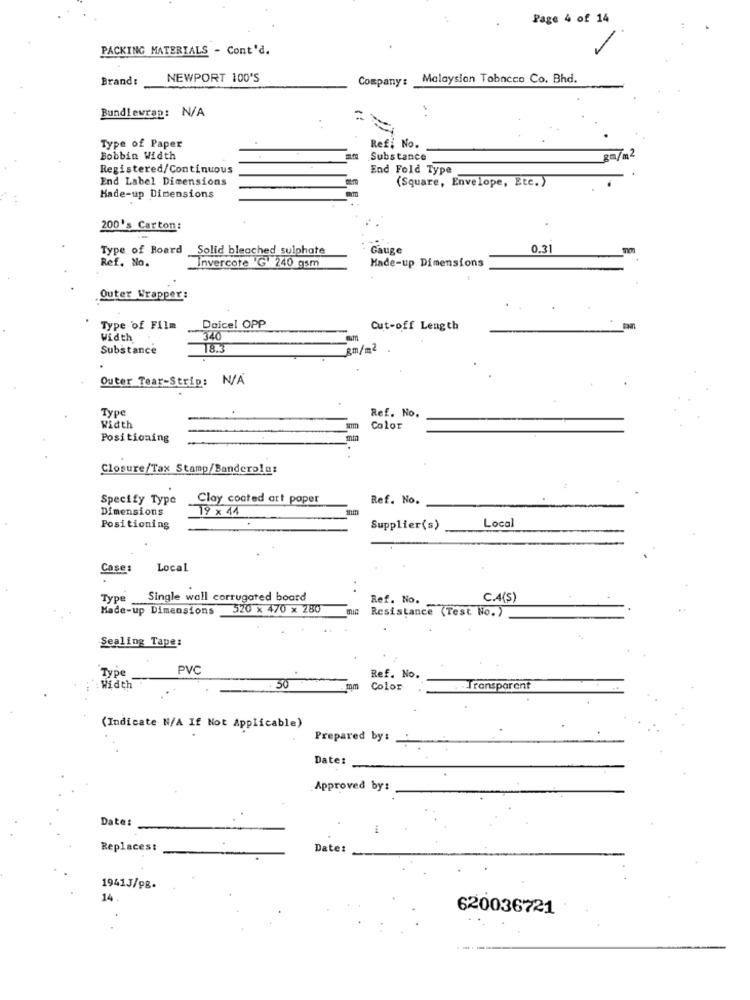
Page 4 of 14
PACKING MATERIALS - Cont'd.
Brand:
NEWPORT 100'S
Company: Malaysian Tobacco Co. Bhd.
Bundlewrap: N/A
..
Type of Paper
Ref: No.
Bobbin Width
Substance
3G/m2
Registered/Continuous
End Fold Type
End Label Dimensions
(Square, Envelope, Etc.)
Hade-up Dimensions
200's Carton:
Type of Board
Solid bleached sulphate
Gauge
0.31
Ref. No.
Invercote G' 240 gsm
Made-up Dimensions
Outer Wrapper:
Type of Film
Daicel OPP
Cut-off Length
width
340
Substance
T8.3
8m/m2
Outer Tear-Strip: N/A
Type
Ref. No.
Width
Color
Positioning
Closure/Tax Stamp/Banderole:
Specify Type
Clay coated art poper
Ref. No.
Dimensions
19 x 14
Local
Positioning
Supplier(s)
Cases
Local
Type
Single wall corrugated board
Ref. No.
C.4(S)
Made-up Dimensions
520 x 470 x 280
Resistance (Test No. )
Sealing Tape:
Type
PVC
Ref. No.
: Width
50
mm
Color
Transparent
(Indicate N/A If Not Applicable)
Prepared by:
Date:
Approved by:
Date:
Replaces:
Date:
19413/98.
14
620036721